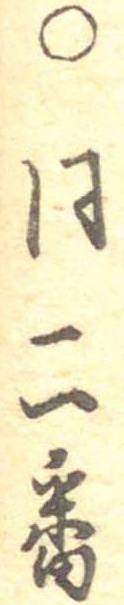
○同二番